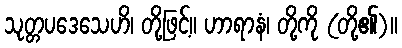
သုတ္တပဒေသေဟိ၊ တို့ဖြင့်။ ဟာရာနံ၊ တို့ကို (တို့၏)။